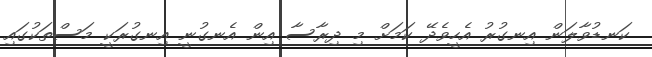
ކަނޑުވާލަން އިނގުރު އެހީވެދޭ ކަމަށް މި ދިރާސާ އިން އެނގުނީ އިނގުރަކީ މަސްތަކުގައި